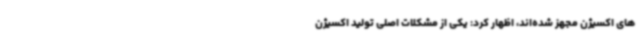
های اکسیژن مجهز شده‌اند، اظهار کرد: یکی از مشکلات اصلی تولید اکسیژن